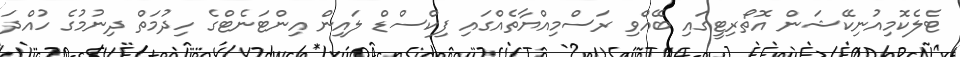
ޓެލެކޮމިއުނިކޭޝަން އޮތޯރިޓީގައި ބޭއްވި ރަސްމިއްޔާތެއްގައި ފިކްސްޑް ލައިން އިންޓަނެޓްގެ ހިދުމަތް ދިނުމުގެ ހުއްދަ